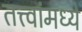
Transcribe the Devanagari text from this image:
तत्त्वांमध्ये